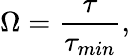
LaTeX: \Omega=\frac{\tau}{\tau_{min}},